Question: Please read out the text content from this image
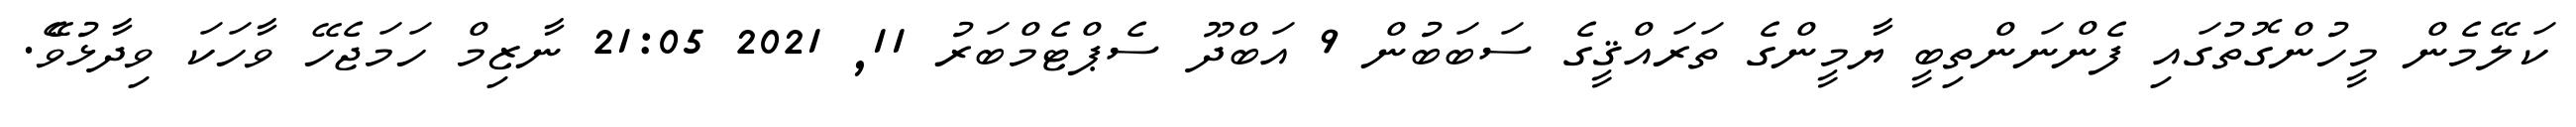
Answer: ކަލޭމެން މީހުންގޮތުގައި ފެންނަންތިބީ ޔާމީންގެ ތަރައްޤީގެ ސަބަބުން 9 އަބްދޫ ސެޕްޓެމްބަރު 11, 2021 21:05 ނާޒިމް ހަމަޖެހޭ ވާހަކަ ވިދާޅުވެޭ.